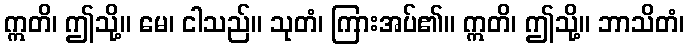
ဣတိ၊ ဤသို့။ မေ၊ ငါသည်။ သုတံ၊ ကြားအပ်၏။ ဣတိ၊ ဤသို့။ ဘာသိတံ၊